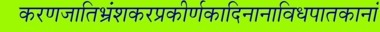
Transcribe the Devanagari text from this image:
करणजातिभ्रंशकरप्रकीर्णकादिनानाविधपातकानां